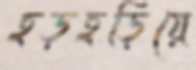
হড়হড়িয়ে